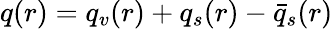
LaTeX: q(r)=q_{v}(r)+q_{s}(r)-\bar{q}_{s}(r)